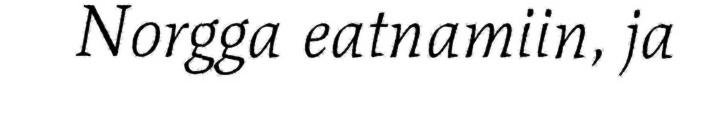
Norgga eatnamiin, ja